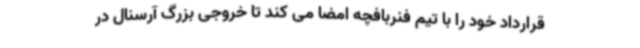
قرارداد خود را با تیم فنربافچه امضا می کند تا خروجی بزرگ آرسنال در